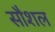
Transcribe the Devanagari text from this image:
सौशल